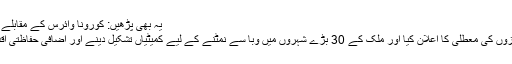
یہ بھی پڑھیں: کورونا وائرس کے مقابلے کیلئے متحد ہونا ضروری ہے، چین کا امریکا کو پیغام
اس کے ساتھ ہی ترک صدر نے تمام بین الاقوامی پروازوں کی معطلی کا اعلان کیا اور ملک کے 30 بڑے شہروں میں وبا سے نمٹنے کے لیے کمیٹیاں تشکیل دینے اور اضافی حفاظتی اقدامات کرنے پر بھی زور دیا جہاں ان کی ضرورت ہو۔